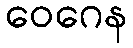
ဝေဂေန